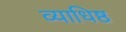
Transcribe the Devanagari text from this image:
व्याधिष्ठ